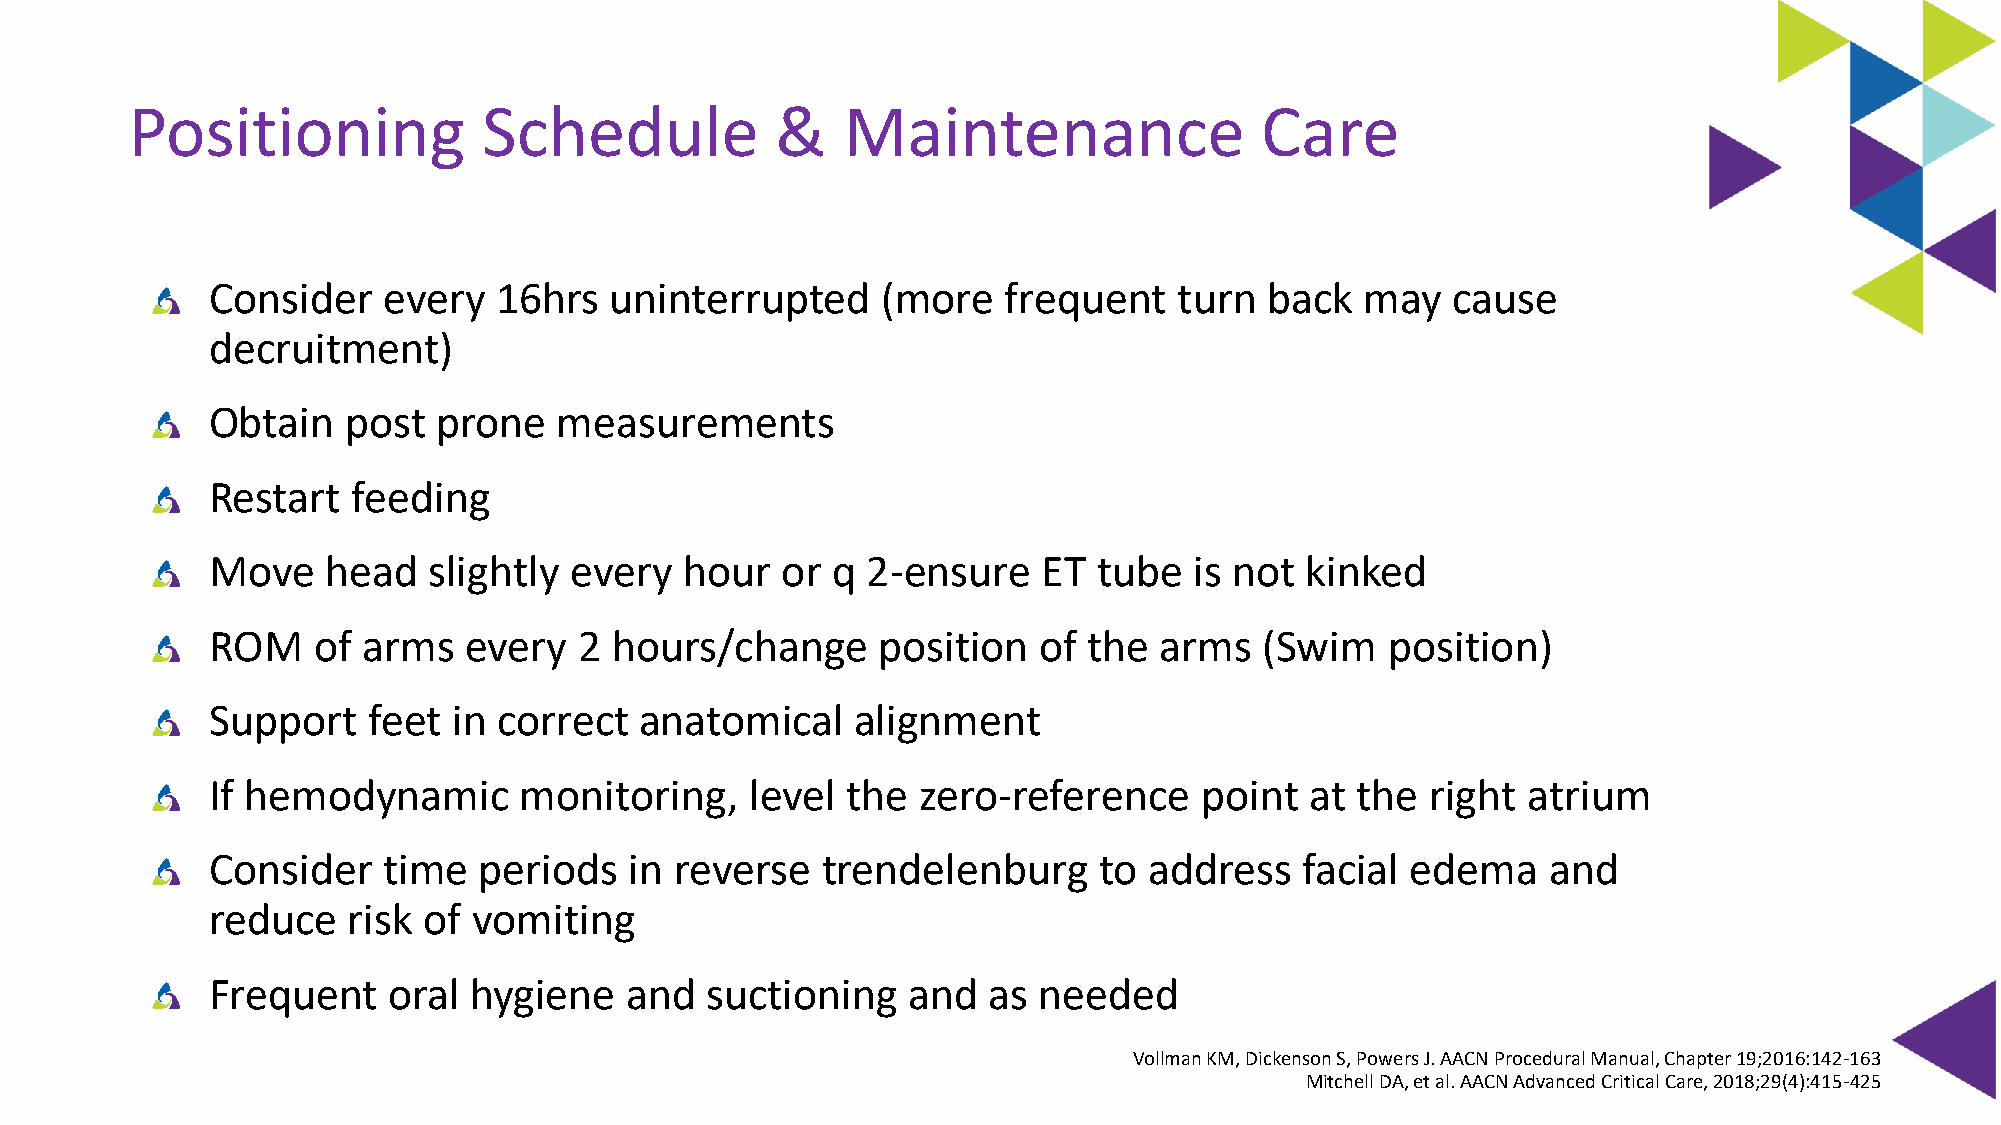
Positioning            Schedule           &    Maintenance                Care
 Consider   every   16hrs  uninterrupted     (more   frequent    turn  back  may   cause
 decruitment)
 Obtain   post  prone   measurements
 Restart  feeding
 Move    head  slightly  every  hour   or q 2-ensure    ET  tube  is not kinked
 ROM    of arms   every  2 hours/change      position   of the  arms   (Swim   position)
 Support   feet  in correct  anatomical     alignment
 If hemodynamic      monitoring,     level the  zero-reference     point  at the  right atrium
 Consider   time   periods   in reverse  trendelenburg      to address   facial edema    and
 reduce   risk of vomiting
 Frequent    oral hygiene   and   suctioning   and  as  needed
 Vollman KM, Dickenson S, Powers J. AACN Procedural Manual, Chapter 19;2016:142-163
 Mitchell DA, et al. AACN Advanced Critical Care, 2018;29(4):415-425